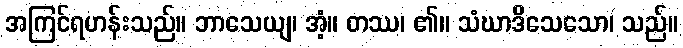
အကြင်ရဟန်းသည်။ ဘာသေယျ၊ အံ့။ တဿ၊ ၏။ သံဃာဒိသေသော၊ သည်။